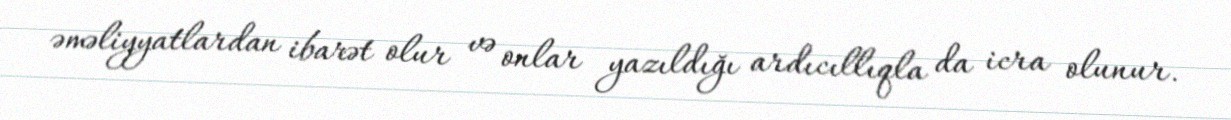
əməliyyatlardan ibarət olur və onlar yazıldığı ardıcıllıqla da icra olunur.